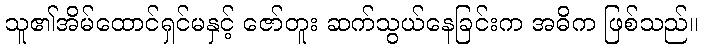
သူ၏အိမ်ထောင်ရှင်မနှင့် ဇော်တူး ဆက်သွယ်နေခြင်းက အဓိက ဖြစ်သည်။